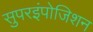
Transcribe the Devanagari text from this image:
सुपरइंपोजिशन